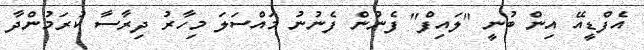
އެފްޑީއޭ އިން ބުނީ "ލައިފް" ފެނުން ފެނުނު މައްސަލަ މިހާރު ދިރާސާ ކުރަމުންދާ